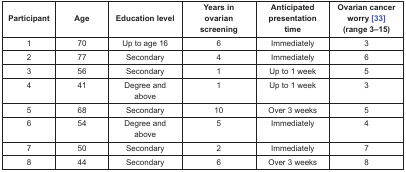
| Participant | Age | Education level | Years in ovarian screening | Anticipated presentation time | Ovarian cancer worry [33] (range 3–15) |
 | --- | --- | --- | --- | --- | --- |
 | 1 | 70 | Up to age 16 | 6 | Immediately | 3 |
 | 2 | 77 | Secondary | 4 | Immediately | 6 |
 | 3 | 56 | Secondary | 1 | Up to 1 week | 5 |
 | 4 | 41 | Degree and above | 1 | Up to 1 week | 3 |
 | 5 | 68 | Secondary | 10 | Over 3 weeks | 5 |
 | 6 | 54 | Degree and above | 5 | Immediately | 4 |
 | 7 | 50 | Secondary | 2 | Immediately | 7 |
 | 8 | 44 | Secondary | 6 | Over 3 weeks | 8 |